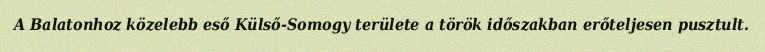
A Balatonhoz közelebb eső Külső-Somogy területe a török időszakban erőteljesen pusztult.